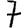
Digit: 7